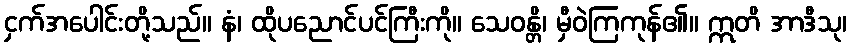
ငှက်အပေါင်းတို့သည်။ နံ၊ ထိုပညောင်ပင်ကြီးကို။ သေဝန္တိ၊ မှီဝဲကြကုန်၏။ ဣတိ အာဒီသု၊